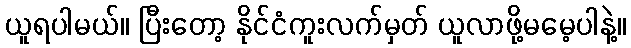
ယူရပါမယ်။ ပြီးတော့ နိုင်ငံကူးလက်မှတ် ယူလာဖို့မမေ့ပါနဲ့။